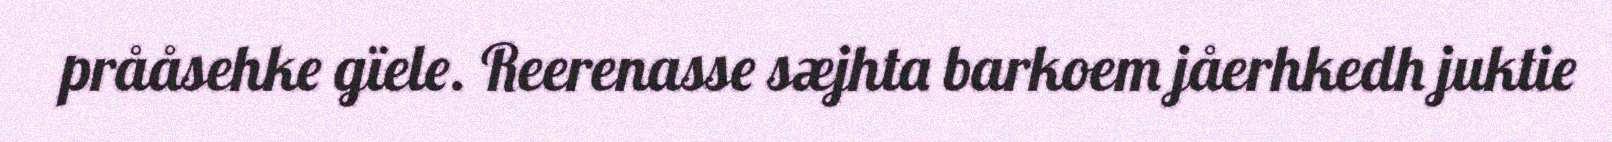
prååsehke gïele. Reerenasse sæjhta barkoem jåerhkedh juktie